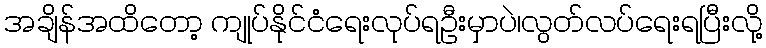
အချိန်အထိတော့ ကျုပ်နိုင်ငံရေးလုပ်ရဦးမှာပဲ၊လွတ်လပ်ရေးရပြီးလို့